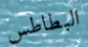
البطاطس